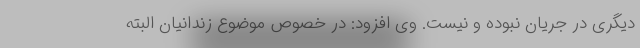
دیگری در جریان نبوده و نیست. وی افزود: در خصوص موضوع زندانیان البته